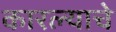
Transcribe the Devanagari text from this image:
कारल्याचे